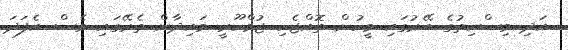
އަދި މިސްކިތުގެ ބޭރުގައި މީހުން ތޮއްޖެހި ޖުމްހޫރީ މައިދާން ތެރޭގައި ވެސް އެފަދަ